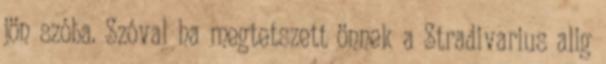
jön szóba. Szóval ha megtetszett önnek a Stradivarius alig